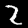
Label: 2